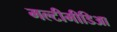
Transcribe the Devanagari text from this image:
मल्टीमीडिआ